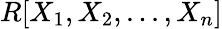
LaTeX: R[X_{1},X_{2},...,X_{n}]